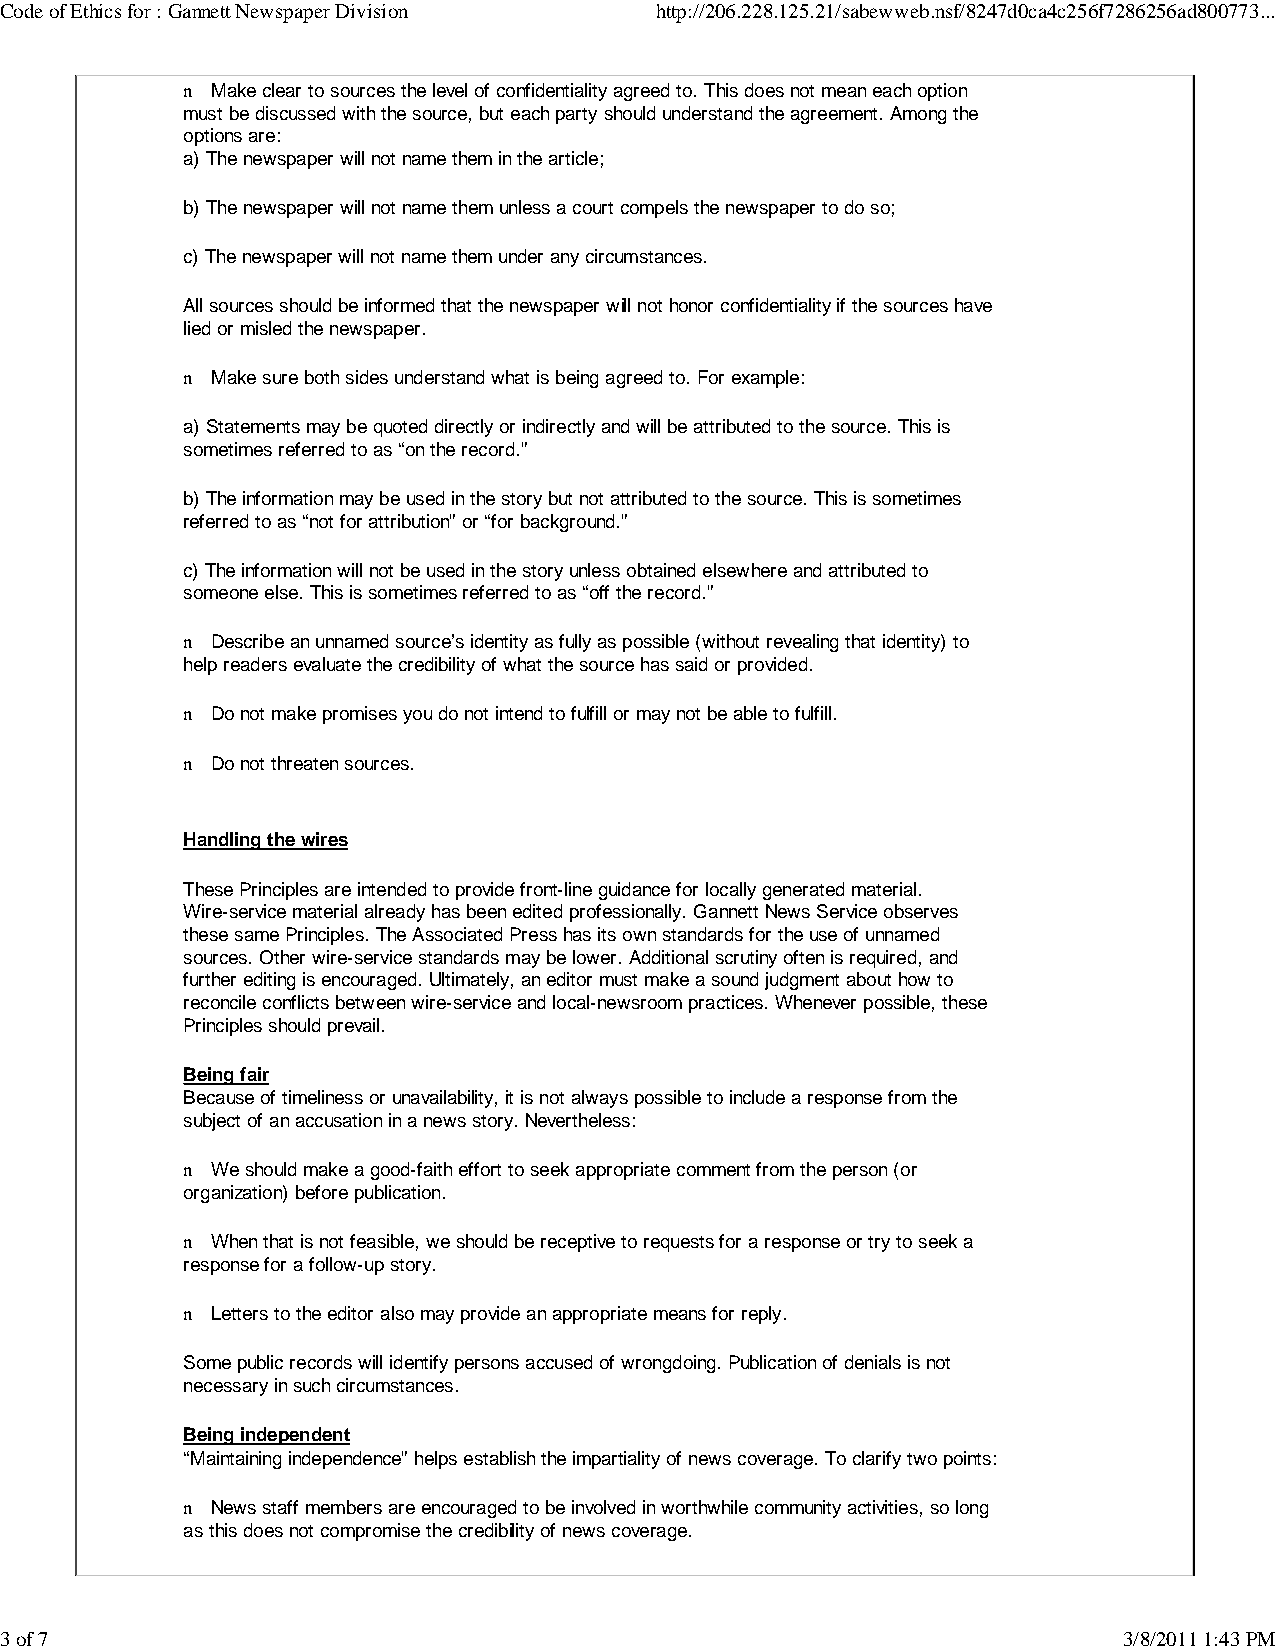
Code of Ethics for : Gannett Newspaper Division http://206.228.125.21/sabewweb.nsf/8247d0ca4c256f7286256ad800773...
 n Make clear to sources the level of confidentiality agreed to. This does not mean each option
 must be discussed with the source, but each party should understand the agreement. Among the
 options are:
 a) The newspaper will not name them in the article;
 b) The newspaper will not name them unless a court compels the newspaper to do so;
 c) The newspaper will not name them under any circumstances.
 All sources should be informed that the newspaper will not honor confidentiality if the sources have
 lied or misled the newspaper.
 n Make sure both sides understand what is being agreed to. For example:
 a) Statements may be quoted directly or indirectly and will be attributed to the source. This is
 sometimes referred to as “on the record.”
 b) The information may be used in the story but not attributed to the source. This is sometimes
 referred to as “not for attribution” or “for background.”
 c) The information will not be used in the story unless obtained elsewhere and attributed to
 someone else. This is sometimes referred to as “off the record.”
 n Describe an unnamed source’s identity as fully as possible (without revealing that identity) to
 help readers evaluate the credibility of what the source has said or provided.
 n Do not make promises you do not intend to fulfill or may not be able to fulfill.
 n Do not threaten sources.
 Handling the wires
 These Principles are intended to provide front-line guidance for locally generated material.
 Wire-service material already has been edited professionally. Gannett News Service observes
 these same Principles. The Associated Press has its own standards for the use of unnamed
 sources. Other wire-service standards may be lower. Additional scrutiny often is required, and
 further editing is encouraged. Ultimately, an editor must make a sound judgment about how to
 reconcile conflicts between wire-service and local-newsroom practices. Whenever possible, these
 Principles should prevail.
 Being fair
 Because of timeliness or unavailability, it is not always possible to include a response from the
 subject of an accusation in a news story. Nevertheless:
 n We should make a good-faith effort to seek appropriate comment from the person (or
 organization) before publication.
 n When that is not feasible, we should be receptive to requests for a response or try to seek a
 response for a follow-up story.
 n Letters to the editor also may provide an appropriate means for reply.
 Some public records will identify persons accused of wrongdoing. Publication of denials is not
 necessary in such circumstances.
 Being independent
 “Maintaining independence” helps establish the impartiality of news coverage. To clarify two points:
 n News staff members are encouraged to be involved in worthwhile community activities, so long
 as this does not compromise the credibility of news coverage.
 3 of 7                                                                    3/8/2011 1:43 PM